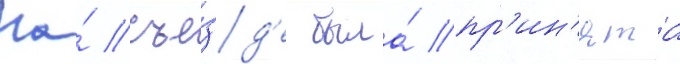
На́ съе́зд'е была́ пр'ин'ята